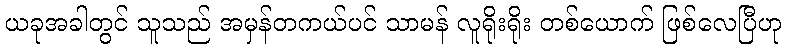
ယခုအခါတွင် သူသည် အမှန်တကယ်ပင် သာမန် လူရိုးရိုး တစ်ယောက် ဖြစ်လေပြီဟု